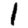
Digit: 1